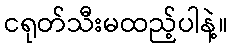
ငရုတ်သီးမထည့်ပါနဲ့။